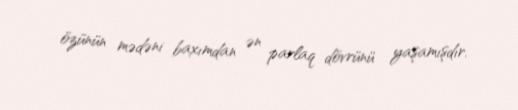
özünün mədəni baxımdan ən parlaq dövrünü yaşamışdır.